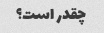
چقدر است؟